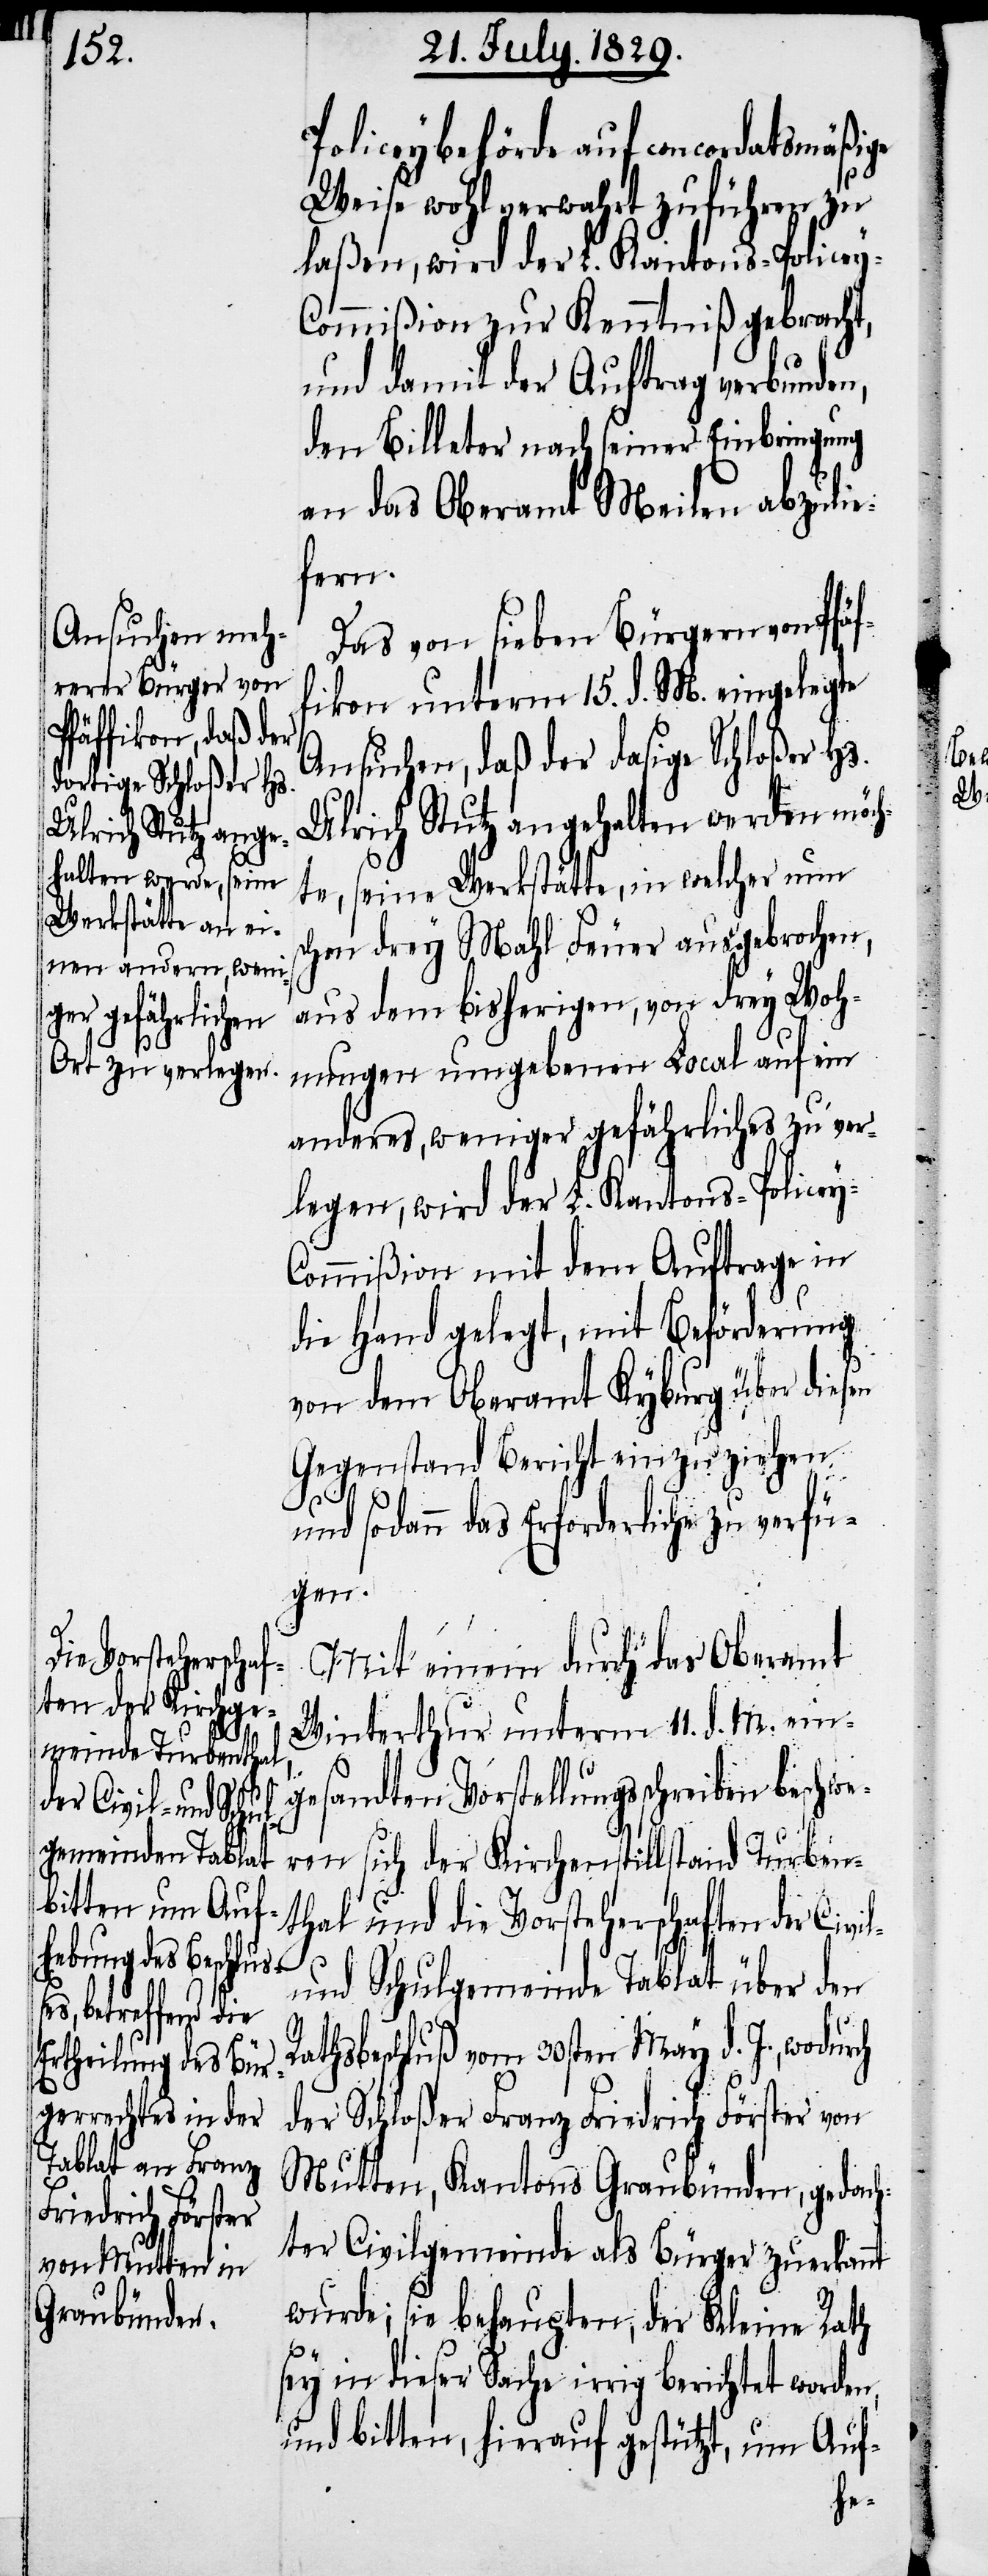
Policeybehörde auf concordatsmäßige
Weise wohl verwahrt zuführen zu
laßen, wird der L. Kantons-Policey-C¬
ommißion zur Kenntniß gebracht,
und damit der Auftrag verbunden,
den Billeter nach seiner Einbringung
an das Oberamt Meilen abzulie¬
fern.
Das von sieben Bürgern von Pfä¬
fikon unterm 15. d. M. eingelegte
Ansuchen, daß der dasige Schloßer Hs.
Ulrich Stutz angehalten werden möc¬
hte, seine Werkstätte, in welcher nun
schon drey Mahl Feuer ausgebrochen,
aus dem bisherigen, von drey Woh¬
nungen umgebenen Local auf ein
anderes, weniger gefährliches zu ver¬
legen, wird der L. Kantons-Policey-C¬
ommißion mit dem Auftrag in
die Hand gelegt, mit Beförderung
von dem Oberamt Kyburg über diesen
Gegenstand Bericht einzuziehen
f¬
und sodann das Erforderliche zu verfü¬
gen.
Mit einem durch das Oberamt
Winterthur unterm 11. d. M. ein¬
gesandten Vorstellungsschreiben beschw¬
eren sich der Kirchenstillstand Turben¬
thal und die Vorsteherschaften der Civi¬
n,
und Schulgemeinde Tablat über den
Rathsbeschluß vom 30sten May d. J., wodur¬
der Schloßer Franz Friedrich Förster von
Mutten, Kantons Graubünden, gedach¬
ter Civilgemeinde als Bürger zuerkannt
wurde; sie behaupten, der Kleine Rath
sey in dieser Sache irrig berichtet worde¬
und bitten, hierauf gestützt, um Auf-